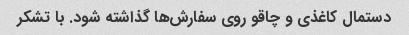
دستمال کاغذی و چاقو روی سفارش‌ها گذاشته شود. با تشکر